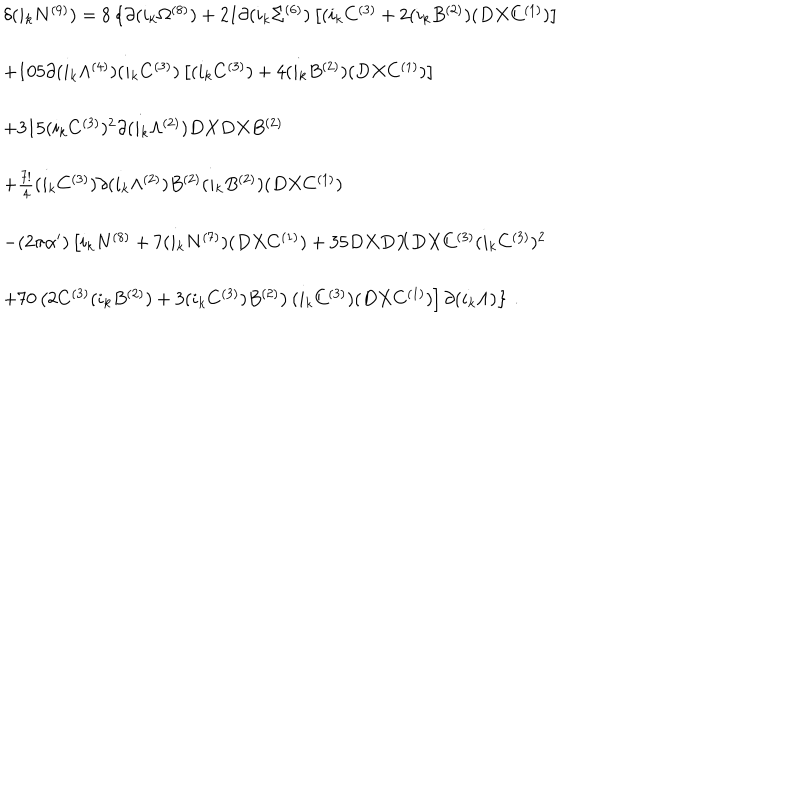
\begin{array} { r c l } { { } } & { { } } & { { \delta ( i _ { k } N ^ { ( 9 ) } ) = 8 \left\{ \partial ( i _ { k } \Omega ^ { ( 8 ) } ) + 2 1 \partial ( i _ { k } \Sigma ^ { ( 6 ) } ) \left[ ( i _ { k } C ^ { ( 3 ) } + 2 ( i _ { k } B ^ { ( 2 ) } ) ( D X C ^ { ( 1 ) } ) \right] \right. } } \\ { { } } & { { } } & { { } } \\ { { } } & { { } } & { { + 1 0 5 \partial ( i _ { k } \Lambda ^ { ( 4 ) } ) ( i _ { k } C ^ { ( 3 ) } ) \left[ ( i _ { k } C ^ { ( 3 ) } ) + 4 ( i _ { k } B ^ { ( 2 ) } ) ( D X C ^ { ( 1 ) } ) \right] } } \\ { { } } & { { } } & { { } } \\ { { } } & { { } } & { { + 3 1 5 ( i _ { k } C ^ { ( 3 ) } ) ^ { 2 } \partial ( i _ { k } \Lambda ^ { ( 2 ) } ) D X D X B ^ { ( 2 ) } } } \\ { { } } & { { } } & { { } } \\ { { } } & { { } } & { { + \frac { 7 ! } { 4 } ( i _ { k } C ^ { ( 3 ) } ) \partial ( i _ { k } \Lambda ^ { ( 2 ) } ) B ^ { ( 2 ) } ( i _ { k } B ^ { ( 2 ) } ) ( D X C ^ { ( 1 ) } ) } } \\ { { } } & { { } } & { { } } \\ { { } } & { { } } & { { - ( 2 \pi \alpha ^ { \prime } ) \left[ i _ { k } N ^ { ( 8 ) } + 7 ( i _ { k } N ^ { ( 7 ) } ) ( D X C ^ { ( 1 ) } ) + 3 5 D X D X D X C ^ { ( 3 ) } ( i _ { k } C ^ { ( 3 ) } ) ^ { 2 } \right. } } \\ { { } } & { { } } & { { } } \\ { { } } & { { } } & { { \left. \left. + 7 0 \left( 2 C ^ { ( 3 ) } ( i _ { k } B ^ { ( 2 ) } ) + 3 ( i _ { k } C ^ { ( 3 ) } ) B ^ { ( 2 ) } \right) ( i _ { k } C ^ { ( 3 ) } ) ( D X C ^ { ( 1 ) } ) \right] \partial ( i _ { k } \Lambda ) \right\} \, . } } \\ \end{array}